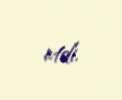
etdi.